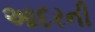
આદરની